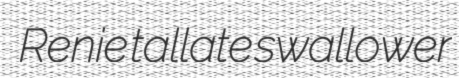
Renie tallate swallower